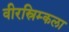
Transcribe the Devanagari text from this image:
वीरस्रिम्कला